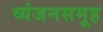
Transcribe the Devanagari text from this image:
व्यंजनसमूह